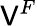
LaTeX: \mathsf{V}^{F}